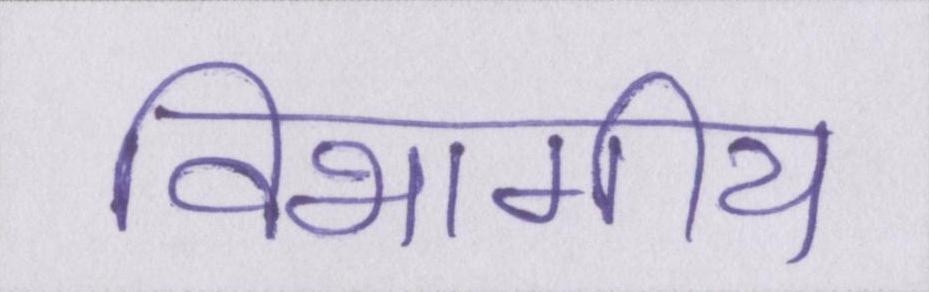
विभागीय